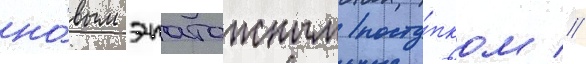
но́вым эпатажным посту́пком //